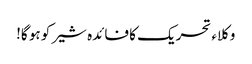
وکلاء تحریک کا فائدہ شیر کو ہو گا!